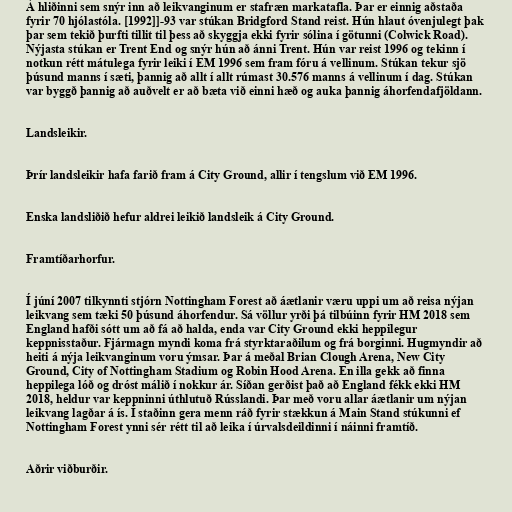
Á hliðinni sem snýr inn að leikvanginum er stafræn markatafla. Þar er einnig aðstaða
fyrir 70 hjólastóla. [1992]]-93 var stúkan Bridgford Stand reist. Hún hlaut óvenjulegt þak
þar sem tekið þurfti tillit til þess að skyggja ekki fyrir sólina í götunni (Colwick Road).
Nýjasta stúkan er Trent End og snýr hún að ánni Trent. Hún var reist 1996 og tekinn í
notkun rétt mátulega fyrir leiki í EM 1996 sem fram fóru á vellinum. Stúkan tekur sjö
þúsund manns í sæti, þannig að allt í allt rúmast 30.576 manns á vellinum í dag. Stúkan
var byggð þannig að auðvelt er að bæta við einni hæð og auka þannig áhorfendafjöldann.

Landsleikir.

Þrír landsleikir hafa farið fram á City Ground, allir í tengslum við EM 1996.

Enska landsliðið hefur aldrei leikið landsleik á City Ground.

Framtíðarhorfur.

Í júní 2007 tilkynnti stjórn Nottingham Forest að áætlanir væru uppi um að reisa nýjan
leikvang sem tæki 50 þúsund áhorfendur. Sá völlur yrði þá tilbúinn fyrir HM 2018 sem
England hafði sótt um að fá að halda, enda var City Ground ekki heppilegur
keppnisstaður. Fjármagn myndi koma frá styrktaraðilum og frá borginni. Hugmyndir að
heiti á nýja leikvanginum voru ýmsar. Þar á meðal Brian Clough Arena, New City
Ground, City of Nottingham Stadium og Robin Hood Arena. En illa gekk að finna
heppilega lóð og dróst málið í nokkur ár. Síðan gerðist það að England fékk ekki HM
2018, heldur var keppninni úthlutuð Rússlandi. Þar með voru allar áætlanir um nýjan
leikvang lagðar á ís. Í staðinn gera menn ráð fyrir stækkun á Main Stand stúkunni ef
Nottingham Forest ynni sér rétt til að leika í úrvalsdeildinni í náinni framtíð.

Aðrir viðburðir.